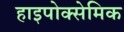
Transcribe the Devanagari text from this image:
हाइपोक्सेमिक